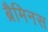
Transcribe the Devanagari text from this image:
ब्रैमिनस